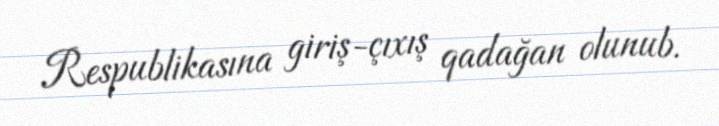
Respublikasına giriş-çıxış qadağan olunub.